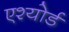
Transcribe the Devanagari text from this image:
एश्योर्ड